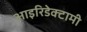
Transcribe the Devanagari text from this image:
आइरिडेक्टामी